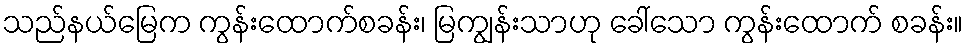
သည်နယ်မြေက ကွန်းထောက်စခန်း၊ မြကျွန်းသာဟု ခေါ်သော ကွန်းထောက် စခန်း။